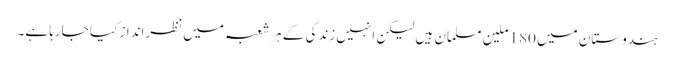
ہندوستان میں 180 ملین مسلمان ہیں لیکن انہیں زندگی کے ہر شعبہ میں نظرانداز کیا جارہا ہے۔